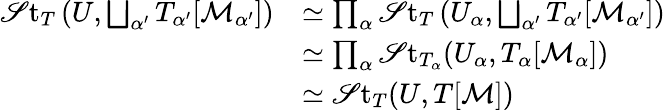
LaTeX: \begin{array}{rl}{\mathscr{S}\mathrm{t}_{T}\left(U,\bigsqcup_{\alpha^{\prime}}T_{\alpha^{\prime}}[\mathcal{M}_{\alpha^{\prime}}]\right)}&{\simeq\prod_{\alpha}\mathscr{S}\mathrm{t}_{T}\left(U_{\alpha},\bigsqcup_{\alpha^{\prime}}T_{\alpha^{\prime}}[\mathcal{M}_{\alpha^{\prime}}]\right)}\\ &{\simeq\prod_{\alpha}\mathscr{S}\mathrm{t}_{T_{\alpha}}(U_{\alpha},T_{\alpha}[\mathcal{M}_{\alpha}])}\\ &{\simeq\mathscr{S}\mathrm{t}_{T}(U,T[\mathcal{M}])}\end{array}